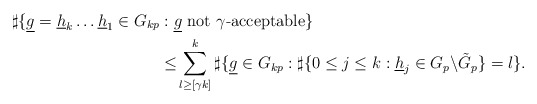
\begin{align*}\sharp\{\underline{g}= \underline h_k \dots \underline h_1 \in G_{kp}&:\underline{g} \mbox{ not $\gamma$-acceptable}\}\\ &\leq\! \displaystyle\sum_{l\geq [\gamma k]}^k\sharp\{\underline{g}\in G_{kp}:\sharp\{0\leq j\leq k:\underline{h}_j\in G_p\backslash\tilde G_p\}=l\}.\end{align*}